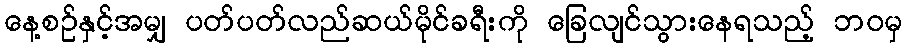
နေ့စဉ်နှင့်အမျှ ပတ်ပတ်လည်ဆယ်မိုင်ခရီးကို ခြေလျင်သွားနေရသည့် ဘဝမှ